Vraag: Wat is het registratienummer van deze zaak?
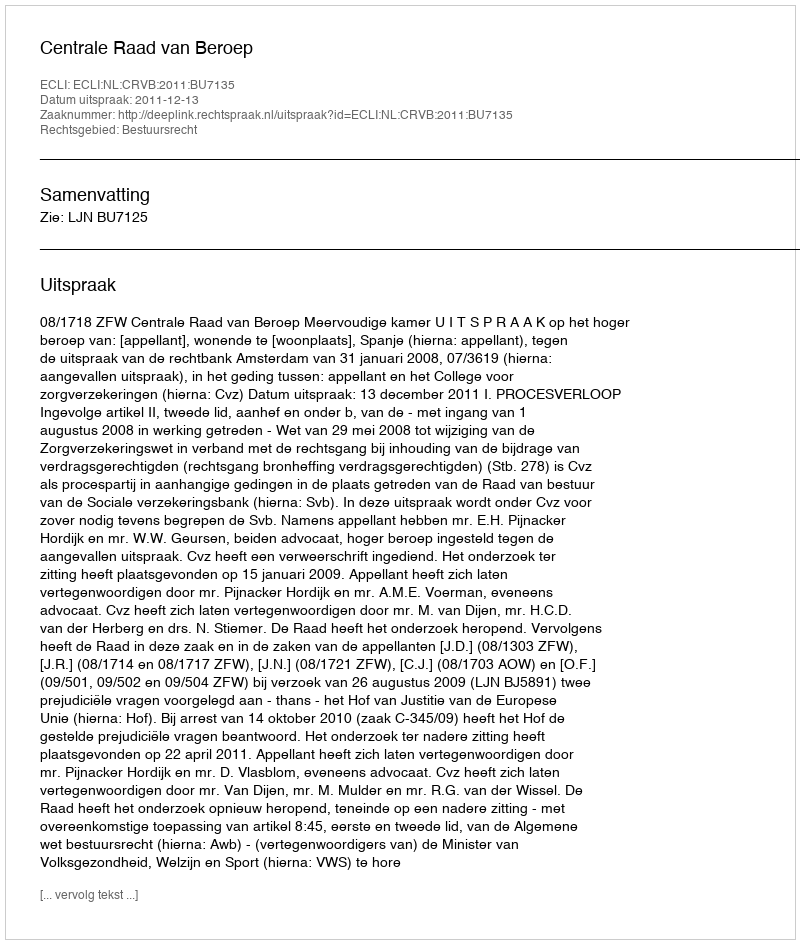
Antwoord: http://deeplink.rechtspraak.nl/uitspraak?id=ECLI:NL:CRVB:2011:BU7135